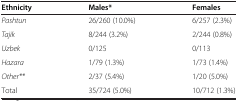
<table><thead><tr><td><b>Ethnicity</b></td><td><b>Males*</b></td><td><b>Females</b></td></tr></thead><tbody><tr><td><i>Pashtun</i></td><td>26/260 (10.0%)</td><td>6/257 (2.3%)</td></tr><tr><td><i>Tajik</i></td><td>8/244 (3.2%)</td><td>2/244 (0.8%)</td></tr><tr><td><i>Uzbek</i></td><td>0/125</td><td>0/113</td></tr><tr><td><i>Hazara</i></td><td>1/79 (1.3%)</td><td>1/73 (1.4%)</td></tr><tr><td><i>Other**</i></td><td>2/37 (5.4%)</td><td>1/20 (5.0%)</td></tr><tr><td>Total</td><td>35/724 (5.0%)</td><td>10/712 (1.3%)</td></tr></tbody></table>